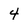
Character: 4